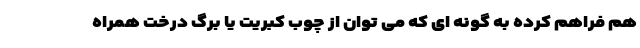
هم فراهم کرده به گونه ای که می توان از چوب کبریت یا برگ درخت همراه